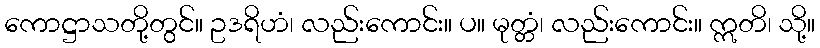
ကောဋ္ဌာသတို့တွင်။ ဥဒရိဟံ၊ လည်းကောင်း။ ပ။ မုတ္တံ၊ လည်းကောင်း။ ဣတိ၊ သို့။